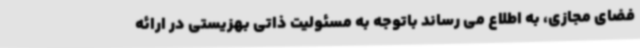
فضای مجازی، به اطلاع می رساند باتوجه به مسئولیت ذاتی بهزیستی در ارائه